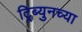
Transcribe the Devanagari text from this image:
ट्रिब्युनच्या